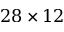
2 8 \times 1 2